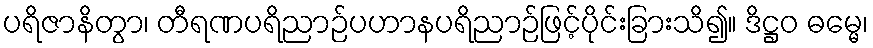
ပရိဇာနိတွာ၊ တီရဏပရိညာဉ်ပဟာနပရိညာဉ်ဖြင့်ပိုင်းခြားသိ၍။ ဒိဋ္ဌဝ ဓမ္မေ၊